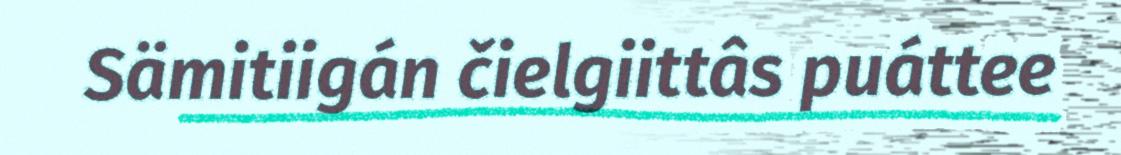
Sämitiigán čielgiittâs puáttee